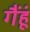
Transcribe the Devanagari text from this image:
गैंहूं